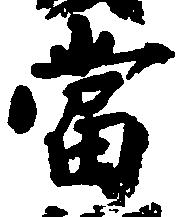
当